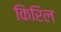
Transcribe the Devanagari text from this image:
किरिल